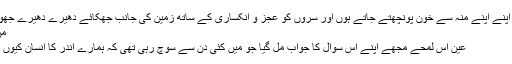
جیسے سب اپنے اپنے منہ سے خون پونچھتے جاتے ہوں اور سروں کو عجز و انکساری کے ساتھ زمین کی جانب جھکائے دھیرے دھیرے جھوم رہے ہوں
من کُنتُ مولا
عین اُس لمحے مجھے اپنے اُس سوال کا جواب مل گیا جو میں کئی دن سے سوچ رہی تھی کہ ہمارے اندر کا انسان کیوں مر گیا ہے؟